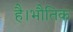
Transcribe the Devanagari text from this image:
है।भौतिक